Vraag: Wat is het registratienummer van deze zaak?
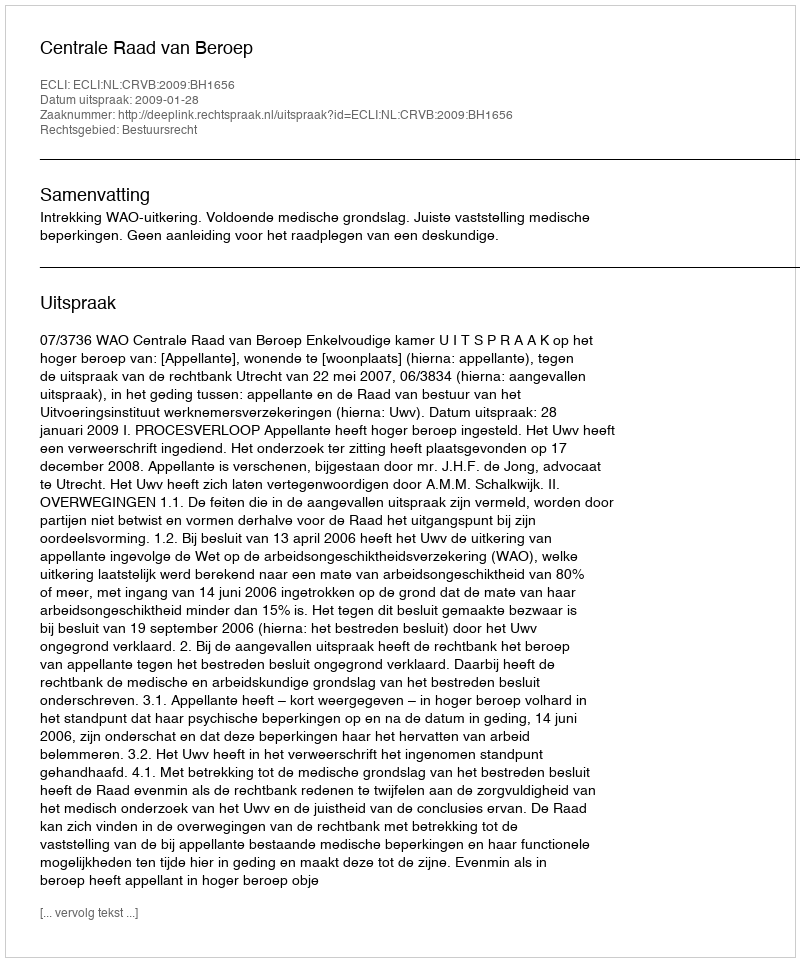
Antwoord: http://deeplink.rechtspraak.nl/uitspraak?id=ECLI:NL:CRVB:2009:BH1656